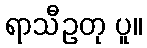
ရာသီဥတု ပူ။